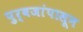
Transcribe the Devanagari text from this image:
पुर्वजांपासून